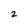
Character: 2